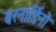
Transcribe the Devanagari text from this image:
बरनार्डिनो